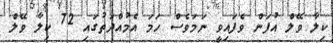
ކިލާ ވޭލް އުފަން ވެފައިވީ ނަމަވެސް ހަމަ އެމުއްދަތުގައި 72 ކިލާ ވޭލް